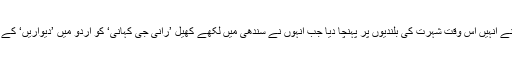
اردو ڈرامے نے انہیں اس وقت شہرت کی بلندیوں پر پہنچا دیا جب انہوں نے سندھی میں لکھے کھیل ’رانی جی کہانی‘ کو اردو میں ’دیواریں‘ کے نام سے لکھا۔